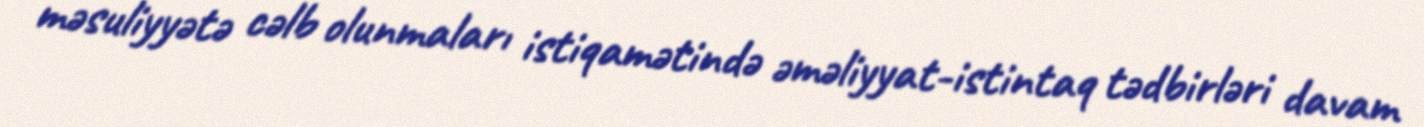
məsuliyyətə cəlb olunmaları istiqamətində əməliyyat-istintaq tədbirləri davam